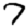
Digit: 7